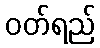
ဝတ်ရည်